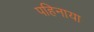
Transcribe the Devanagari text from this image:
पहिनाया